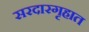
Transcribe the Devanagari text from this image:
सरदारगृहात